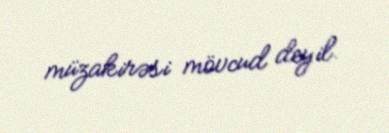
müzakirəsi mövcud deyil.